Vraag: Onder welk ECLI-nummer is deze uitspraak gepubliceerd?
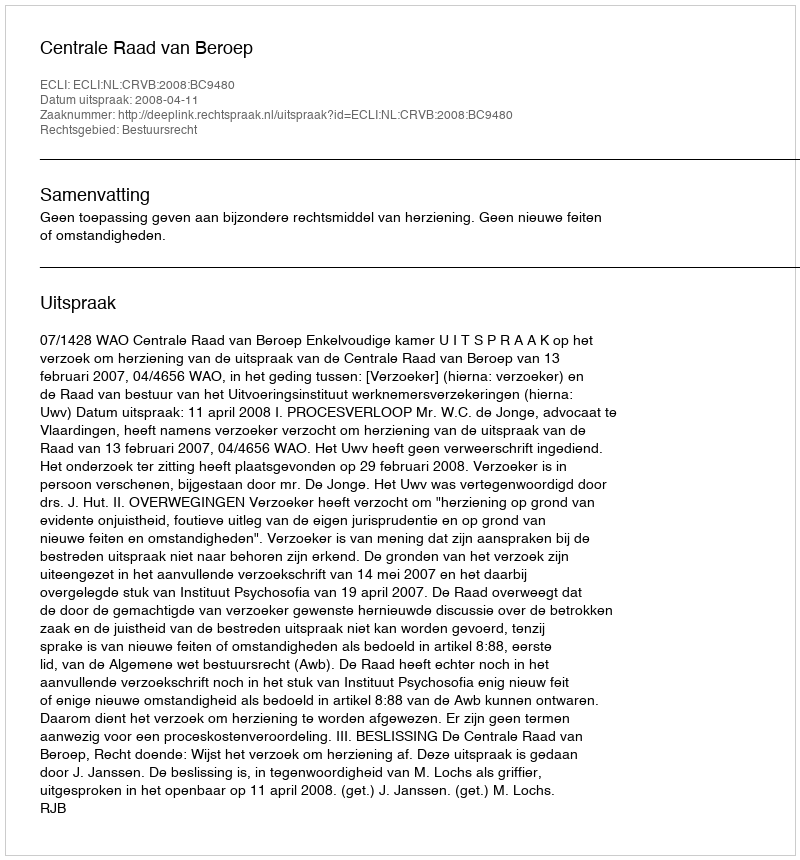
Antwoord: ECLI:NL:CRVB:2008:BC9480